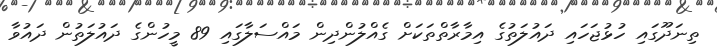
ތިނަދޫގައި ހުޅުޖަހައި ދައުލަތުގެ އިމާރާތްތަކަށް ގެއްލުންދިން މައްސަލާގައި 89 މީހުންގެ ދައުލަތުން ދައުވާ